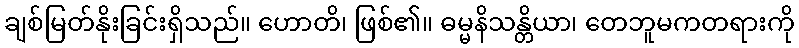
ချစ်မြတ်နိုးခြင်းရှိသည်။ ဟောတိ၊ ဖြစ်၏။ ဓမ္မနိသန္တိယာ၊ တေဘူမကတရားကို